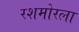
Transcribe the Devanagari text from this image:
रशमोरला